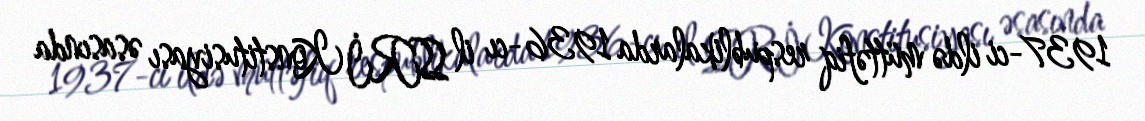
1937-ci ildə müttəfiq respublikalarda 1936-cı il SSRİ Konstitusiyası əsasında